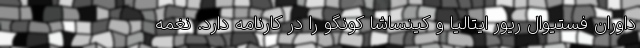
داوران فستیوال ریور ایتالیا و کینساشا کونگو را در کارنامه دارد. نغمه